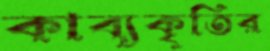
কাব্যকৃতির